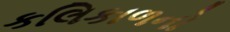
કલિકાળનો